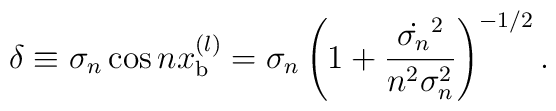
\delta \equiv \sigma_n \cos n x^{(l)}_{\rm b} =\sigma_n \left( 1+ \frac{\dot{\sigma_n}^2}{n^2\sigma_n^2} \right)^{-1/2}.